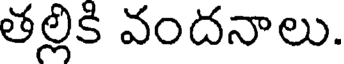
తల్లికి వందనాలు.